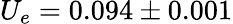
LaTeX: U_{e}=0.094\pm 0.001